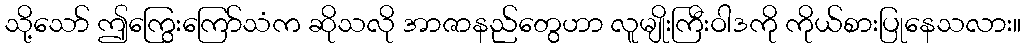
သို့သော် ဤကြွေးကြော်သံက ဆိုသလို အာဇာနည်တွေဟာ လူမျိုးကြီးဝါဒကို ကိုယ်စားပြုနေသလား။